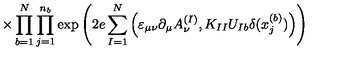
\times \prod _ { b = 1 } ^ { N } \prod _ { j = 1 } ^ { n _ { b } } \exp \left( 2 e \sum _ { I = 1 } ^ { N } \Big ( \varepsilon _ { \mu \nu } \partial _ { \mu } A _ { \nu } ^ { ( I ) } , K _ { I I } U _ { I b } \delta ( x _ { j } ^ { ( b ) } ) \Big ) \right)